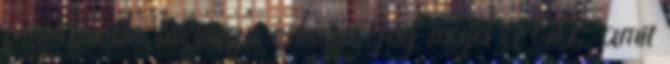
csupán, de biztosan érkezni fog majd a cikk, amit